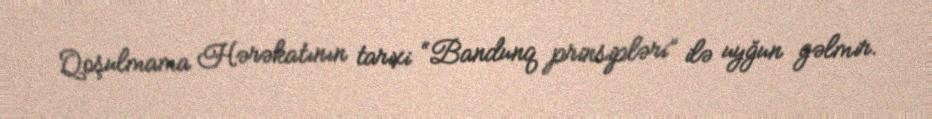
Qoşulmama Hərəkatının tarixi “Bandunq prinsipləri” ilə uyğun gəlmir.